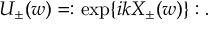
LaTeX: U _ { \pm } ( w ) = : \exp \{ i k X _ { \pm } ( w ) \} : .